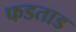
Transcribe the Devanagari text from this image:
फडताड